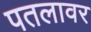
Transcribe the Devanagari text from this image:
पतलावर